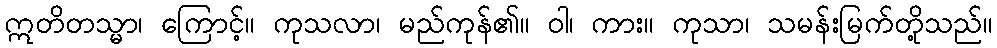
ဣတိတသ္မာ၊ ကြောင့်။ ကုသလာ၊ မည်ကုန်၏။ ဝါ၊ ကား။ ကုသာ၊ သမန်းမြက်တို့သည်။